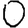
Digit: 0